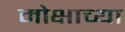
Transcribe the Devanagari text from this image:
मोक्षाच्या